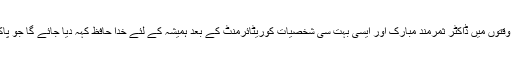
خدشہ ہے کہ آنے والے وقتوں میں ڈاکٹر ثمرمند مبارک اور ایسی بہت سی شخصیات کوریٹائرمنٹ کے بعد ہمیشہ کے لئے خدا حافظ کہہ دیا جائے گا جو پاکستان کے لئے اثاثہ ہیں۔